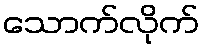
သောက်လိုက်